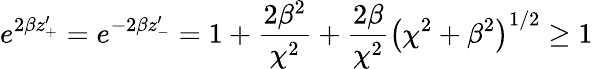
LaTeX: e^{2\beta z_{+}^{\prime}}=e^{-2\beta z_{-}^{\prime}}=1+\frac{2\beta^{2}}{\chi^{2}}+\frac{2\beta}{\chi^{2}}\left(\chi^{2}+\beta^{2}\right)^{1/2}\geq 1